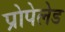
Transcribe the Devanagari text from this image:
प्रोपेलेड